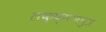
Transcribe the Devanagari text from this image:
लक्ष्मणपुत्र